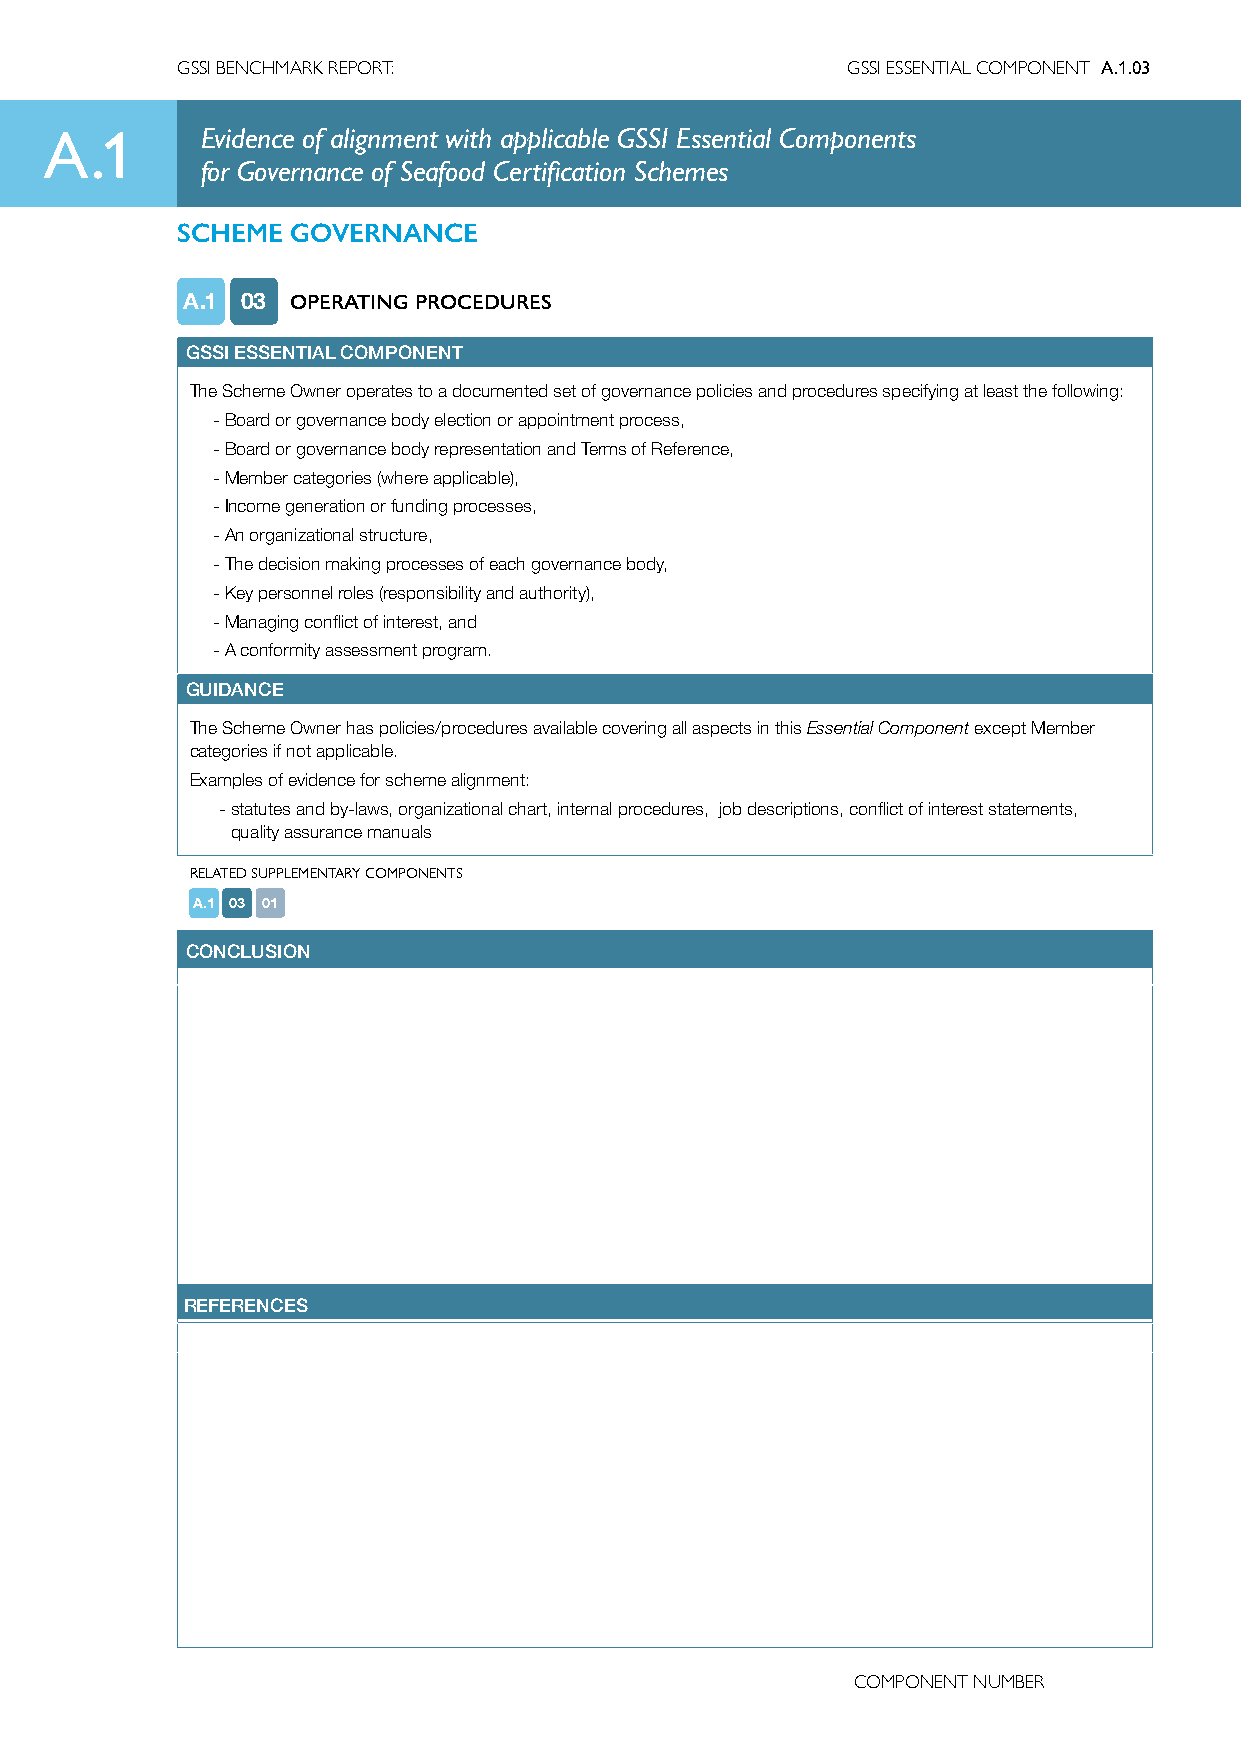
GSSI BENCHMARK REPORT:                      GSSI ESSENTIAL COMPONENT A.1.03
 A.1       Evidence of alignment with applicable GSSI Essential Components
 for Governance of Seafood Certification Schemes
 SCHEME GOVERNANCE
 A.1 03 OPERATING PROCEDURES
 GSSI ESSENTIAL COMPONENT
 The Scheme Owner operates to a documented set of governance policies and procedures specifying at least the following:
 - Board or governance body election or appointment process,
 - Board or governance body representation and Terms of Reference,
 - Member categories (where applicable),
 - Income generation or funding processes,
 - An organizational structure,
 - The decision making processes of each governance body,
 - Key personnel roles (responsibility and authority),
 - Managing conflict of interest, and
 - A conformity assessment program.
 GUIDANCE
 The Scheme Owner has policies/procedures available covering all aspects in this Essential Component except Member
 categories if not applicable.
 Examples of evidence for scheme alignment:
 - statutes and by-laws, organizational chart, internal procedures, job descriptions, conflict of interest statements,
 quality assurance manuals
 RELATED SUPPLEMENTARY COMPONENTS
 A.1 03 01
 CONCLUSION
 REFERENCES
 COMPONENT NUMBER